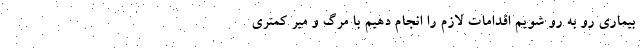
بیماری رو به رو شویم اقدامات لازم را انجام دهیم با مرگ و میر کمتری